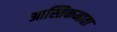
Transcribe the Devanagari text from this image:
आस्तिकमाता